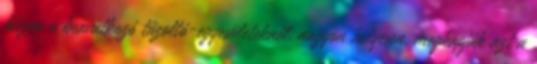
hiszen a beavatkozó tűzoltó-egyesületeknél, nagyon helyesen, megkapják azt a